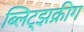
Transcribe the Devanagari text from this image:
ब्लिट्झक्रीग